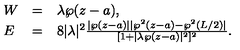
\left. \begin{array} { l l l } { W } & { = } & { \lambda \wp ( z - a ) , } \\ { E } & { = } & { 8 | \lambda | ^ { 2 } \frac { | \wp ( z - a ) | | \wp ^ { 2 } ( z - a ) - \wp ^ { 2 } ( L / 2 ) | } { [ 1 + | \lambda \wp ( z - a ) | ^ { 2 } ] ^ { 2 } } . } \\ \end{array} \right.